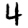
Digit: 4